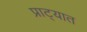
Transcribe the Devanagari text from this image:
प्राट्यात